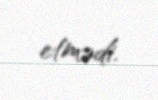
etmədi.